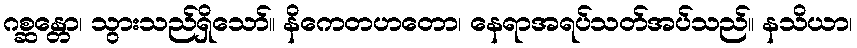
ဂစ္ဆန္တော၊ သွားသည်ရှိသော်။ နိကေတဟတော၊ နေရာအရပ်သတ်အပ်သည်။ နသိယာ၊